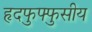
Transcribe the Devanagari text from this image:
हृदफुफ्फुसीय